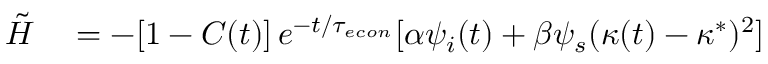
\begin{array} { r l } { \tilde { H } } & { { } = - [ 1 - C ( t ) ] \, e ^ { - t / { \tau _ { e c o n } } } [ \alpha \psi _ { i } ( t ) + \beta \psi _ { s } ( \kappa ( t ) - \kappa ^ { * } ) ^ { 2 } ] } \end{array}